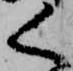
く